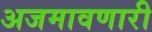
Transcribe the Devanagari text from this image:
अजमावणारी